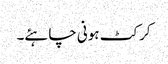
کرکٹ ہونی چاہئے۔